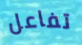
تفاعل